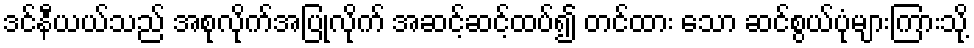
ဒင်နီယယ်သည် အစုလိုက်အပြုံလိုက် အဆင့်ဆင့်ထပ်၍ တင်ထား သော ဆင်စွယ်ပုံများကြားသို့